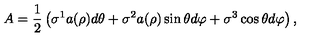
A = \frac { 1 } { 2 } \left( \sigma ^ { 1 } a ( \rho ) d \theta + \sigma ^ { 2 } a ( \rho ) \sin \theta d \varphi + \sigma ^ { 3 } \cos \theta d \varphi \right) ,